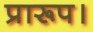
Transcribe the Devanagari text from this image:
प्रारूप।